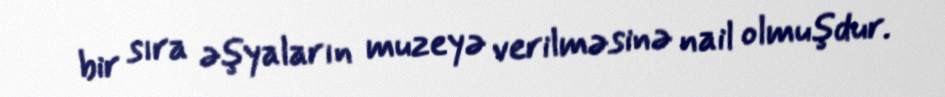
bir sıra əşyaların muzeyə verilməsinə nail olmuşdur.